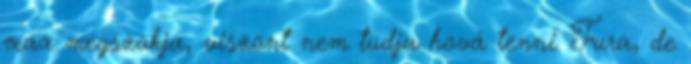
max megszokja, viszont nem tudja hová tenni. Fura, de